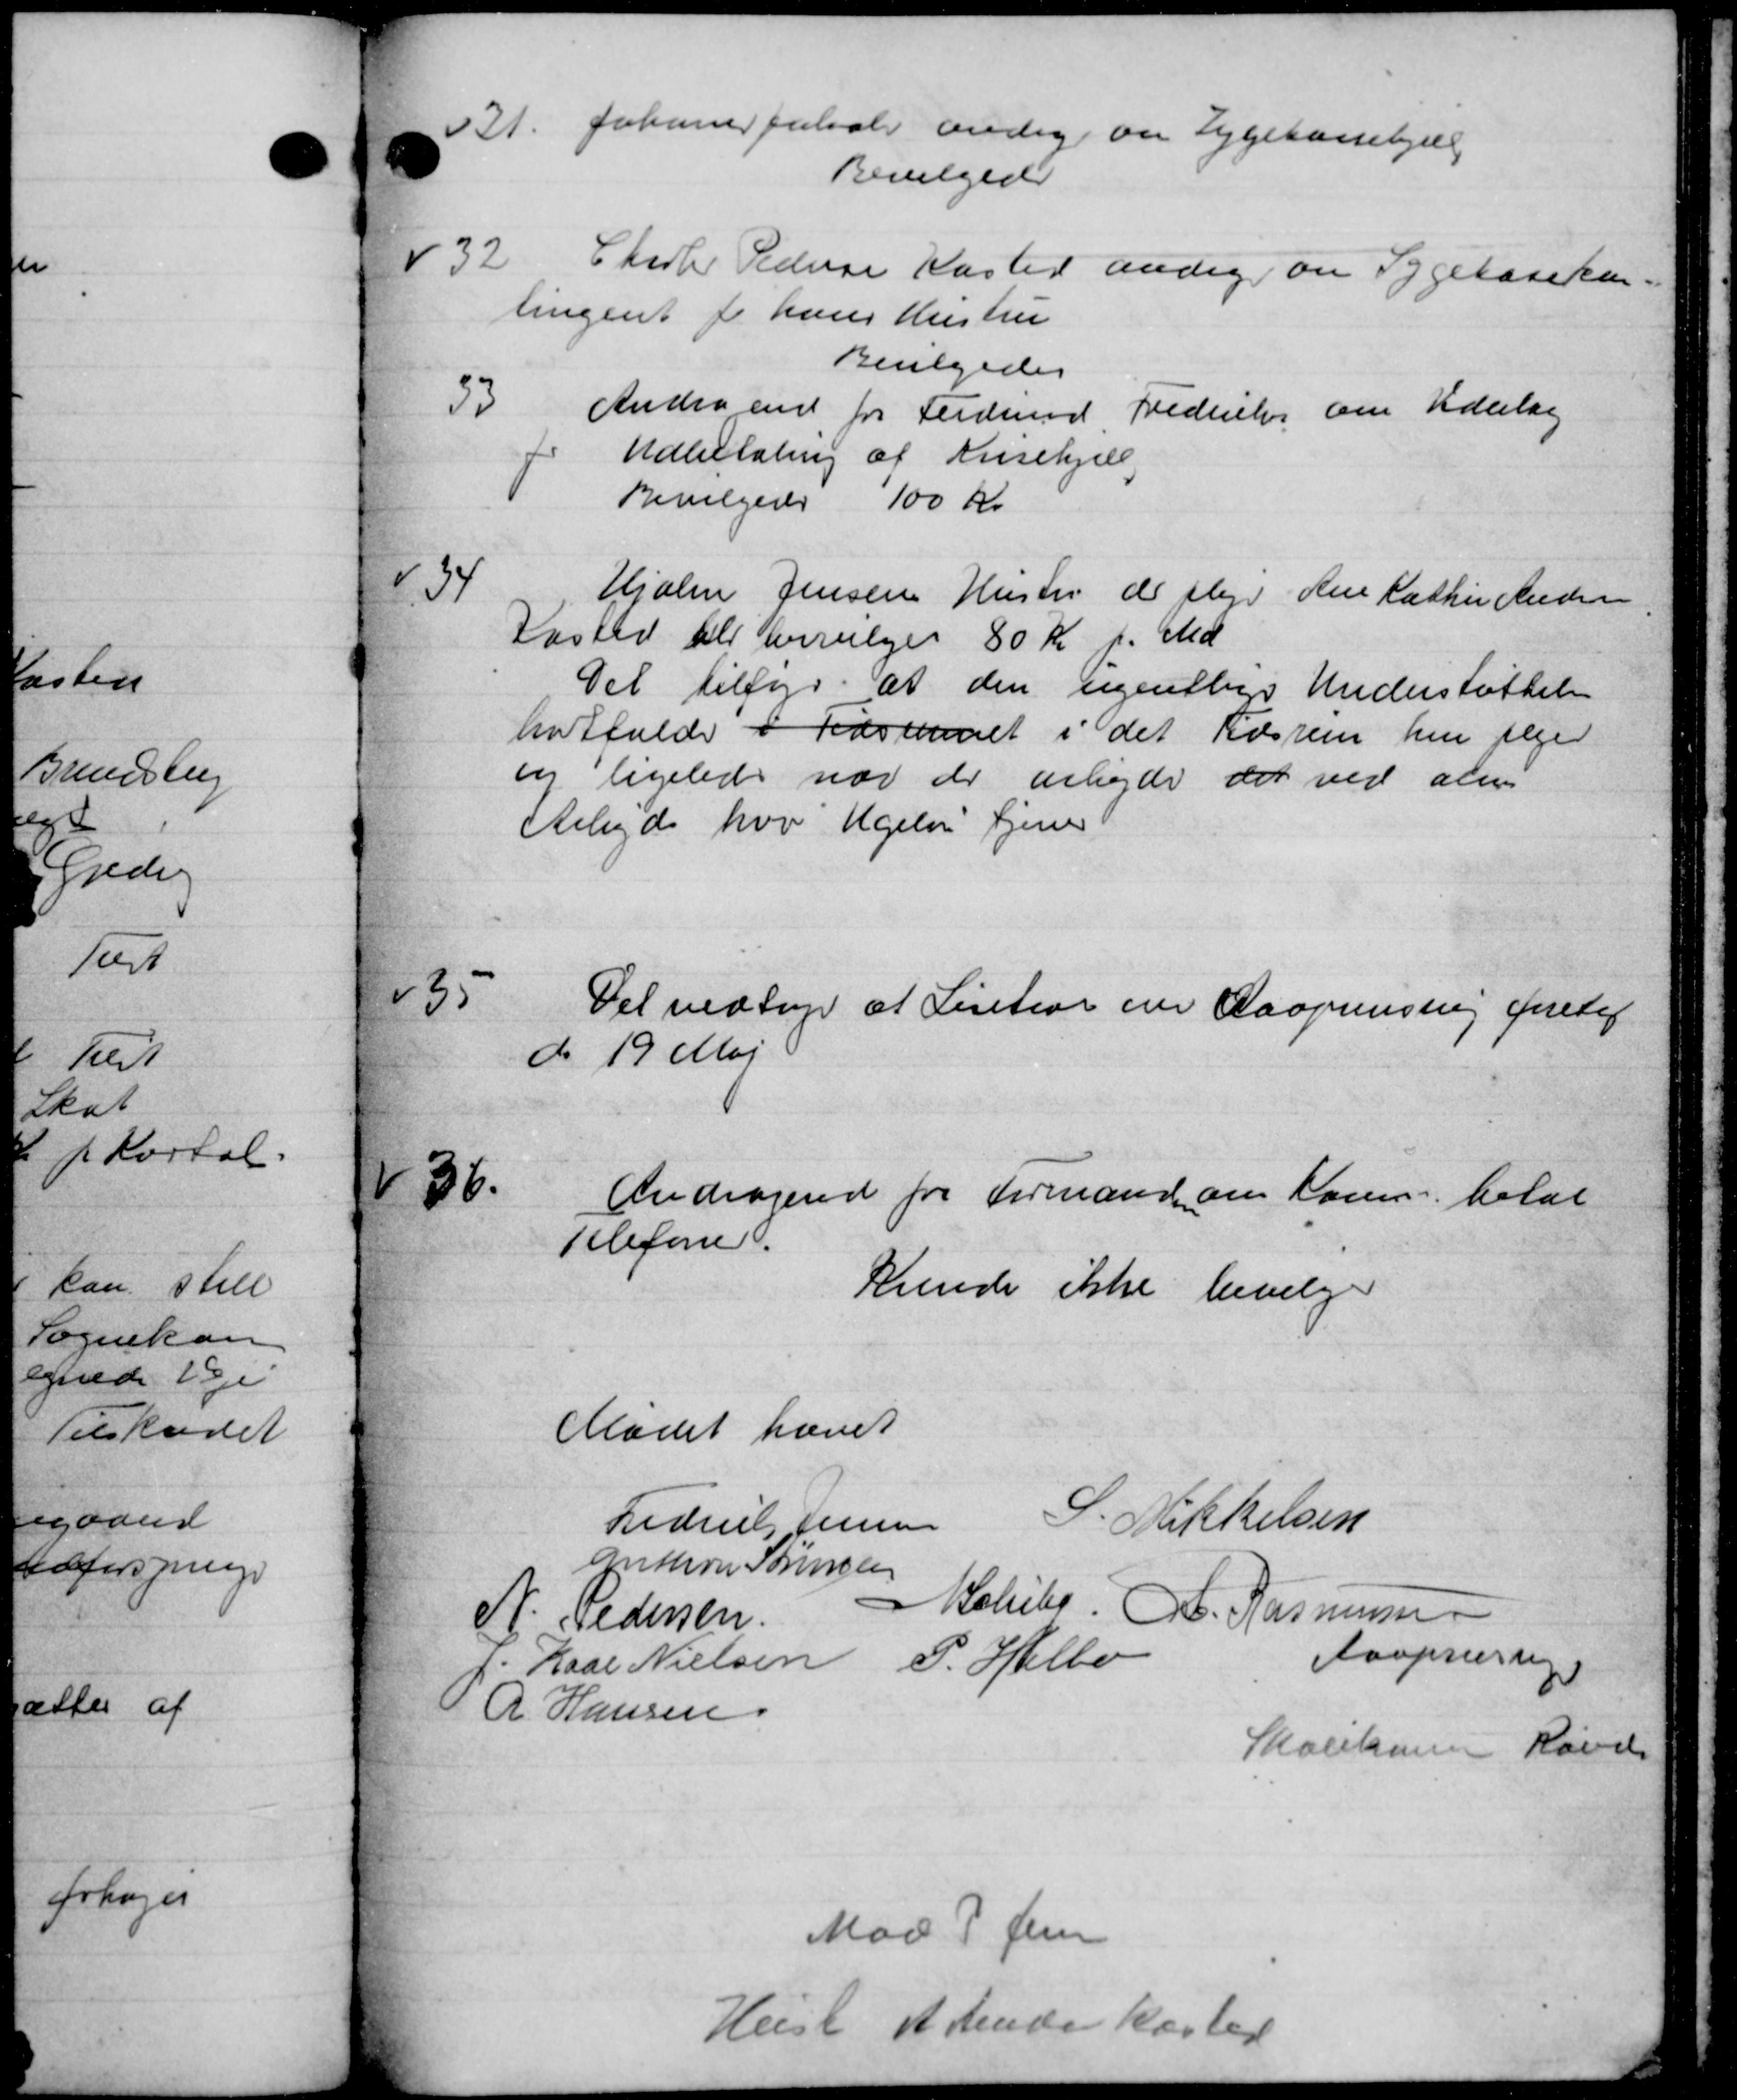
Transskription:
31. Johannes Juliale andrag om Sygekassehjæll
Bevilgedes
432
Charle Pedersen Kaster andrag om Sygekassekon-
tingent for hans Hustru
Bevilgedes
33
Andragen for Ferdmod Frederiks om Uderlag
Udbetaling af Krisehjæl
Bevilgedes 100 Kr
434
Hjolm Jensens Hustru de fler den fatter Ander
Kasted til bevilges 80 Kr pr Md
Det tilfyr, at den ugentlige Understøttelse
hotfulde i Tidsrummet i det Kassen hen jeger
en ligeledes vor der arbejde det ved alm
Arbejde hvor Ugelse tjener
"35
Det vedtage at Lentior om Aaoprensing foretag
do 19 Maj
436.
Andragende for Formand om loven betal
Telefone.
Kunde ikke bevilge
Mødet hævet
Lidruels Jensen S. Mikkelsen
Gndiver Sørensen
N. Pedersen.
Molby A. Rasmussen
1. Kaar Nielsen P. Helbo
Aaspristen
R Hansen
Skolekassen Rande
Mad P Jensen
Hest at Under koster